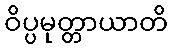
ဝိပ္ပမုတ္တာယာတိ